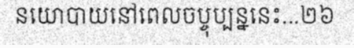
នយោបាយនៅពេលចប្ចុប្បន្ននេះ...២៦